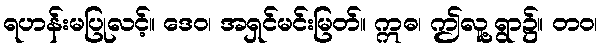
ရဟန်းမပြုလင့်။ ဒေဝ၊ အရှင်မင်းမြတ်။ ဣဓ၊ ဤလူ့ရွာ၌။ တဝ၊